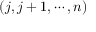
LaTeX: ( j , j + 1 , \cdots , n )